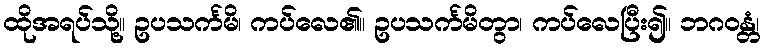
ထိုအရပ်သို့။ ဥပသင်္ကမိ၊ ကပ်လေ၏။ ဥပသင်္ကမိတွာ၊ ကပ်လေပြီး၍။ ဘဂဝန္တံ၊